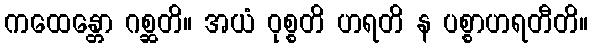
ကထေန္တော ဂစ္ဆတိ။ အယံ ဝုစ္စတိ ဟရတိ န ပစ္စာဟရတီတိ။